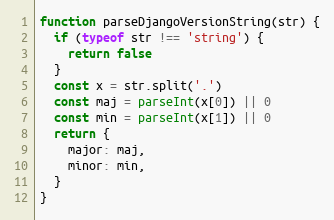
Language: JavaScript
function parseDjangoVersionString(str) {
  if (typeof str !== 'string') {
    return false
  }
  const x = str.split('.')
  const maj = parseInt(x[0]) || 0
  const min = parseInt(x[1]) || 0
  return {
    major: maj,
    minor: min,
  }
}